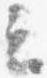
云